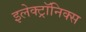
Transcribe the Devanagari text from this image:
इलेक्ट्रॉनिक्स